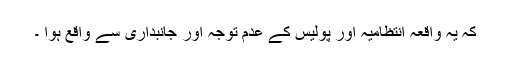
کہ یہ واقعہ انتظامیہ اور پولیس کے عدم توجہ اور جانبداری سے واقع ہوا ۔